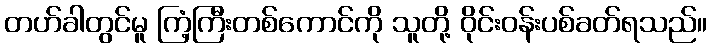
တဟ်ခါတွင်မူ ကြံ့ကြီးတစ်ကောင်ကို သူတို့ ဝိုင်းဝန်းပစ်ခတ်ရသည်။